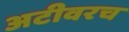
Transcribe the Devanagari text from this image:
अटीवरच